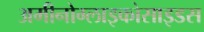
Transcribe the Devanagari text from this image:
अमीनोग्लाइकोसाइडस